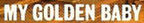
MY GOLDEN BABY